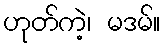
ဟုတ်ကဲ့၊ မဒမ်။